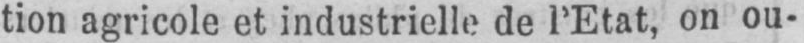
tion agricole et industrielle de l’Etat, on ou-